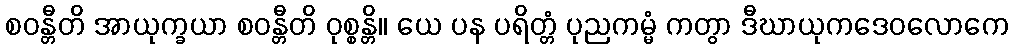
စဝန္တီတိ အာယုက္ခယာ စဝန္တီတိ ဝုစ္စန္တိ။ ယေ ပန ပရိတ္တံ ပုညကမ္မံ ကတွာ ဒီဃာယုကဒေဝလောကေ